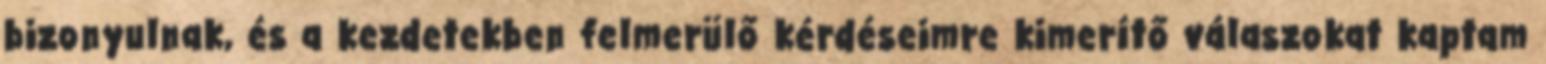
bizonyulnak, és a kezdetekben felmerülő kérdéseimre kimerítő válaszokat kaptam